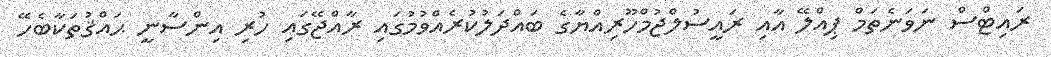
ރައިޓްސް ނަވަނެތަމް ޕިއްލޭ އާއި ރައީސުލްޖުމްހޫރިއްޔާގެ ބައްދަލުކުރެއްވުމުގައި ރާއްޖޭގައި ހުރި އިންސާނީ ޙައްޤުތަކާބެހޭ